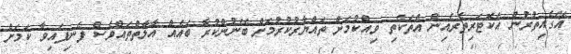
އޭގެއިތުރުން އެކޮޓަރިތެރެއިން އެތަކެތި ވިއްކުމަށް ތައްޔާރުކުރުމަށް ބޭނުންކުރާ ބައެއް އާލާތްތައްވެސް ފެނިފައިވާ ކަމަށް